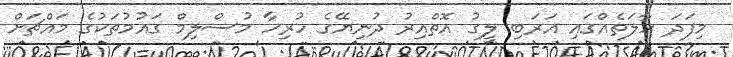
މިފަދަ ހާލަތެއްގައި އަރަބި ލީގު އޮތްއިރު ދުނިޔޭގެ ހުރިހާ މުސްލިމް ގައުމުތަކުގެ މައްޗަށް